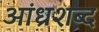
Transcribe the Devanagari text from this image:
आंध्रशब्द